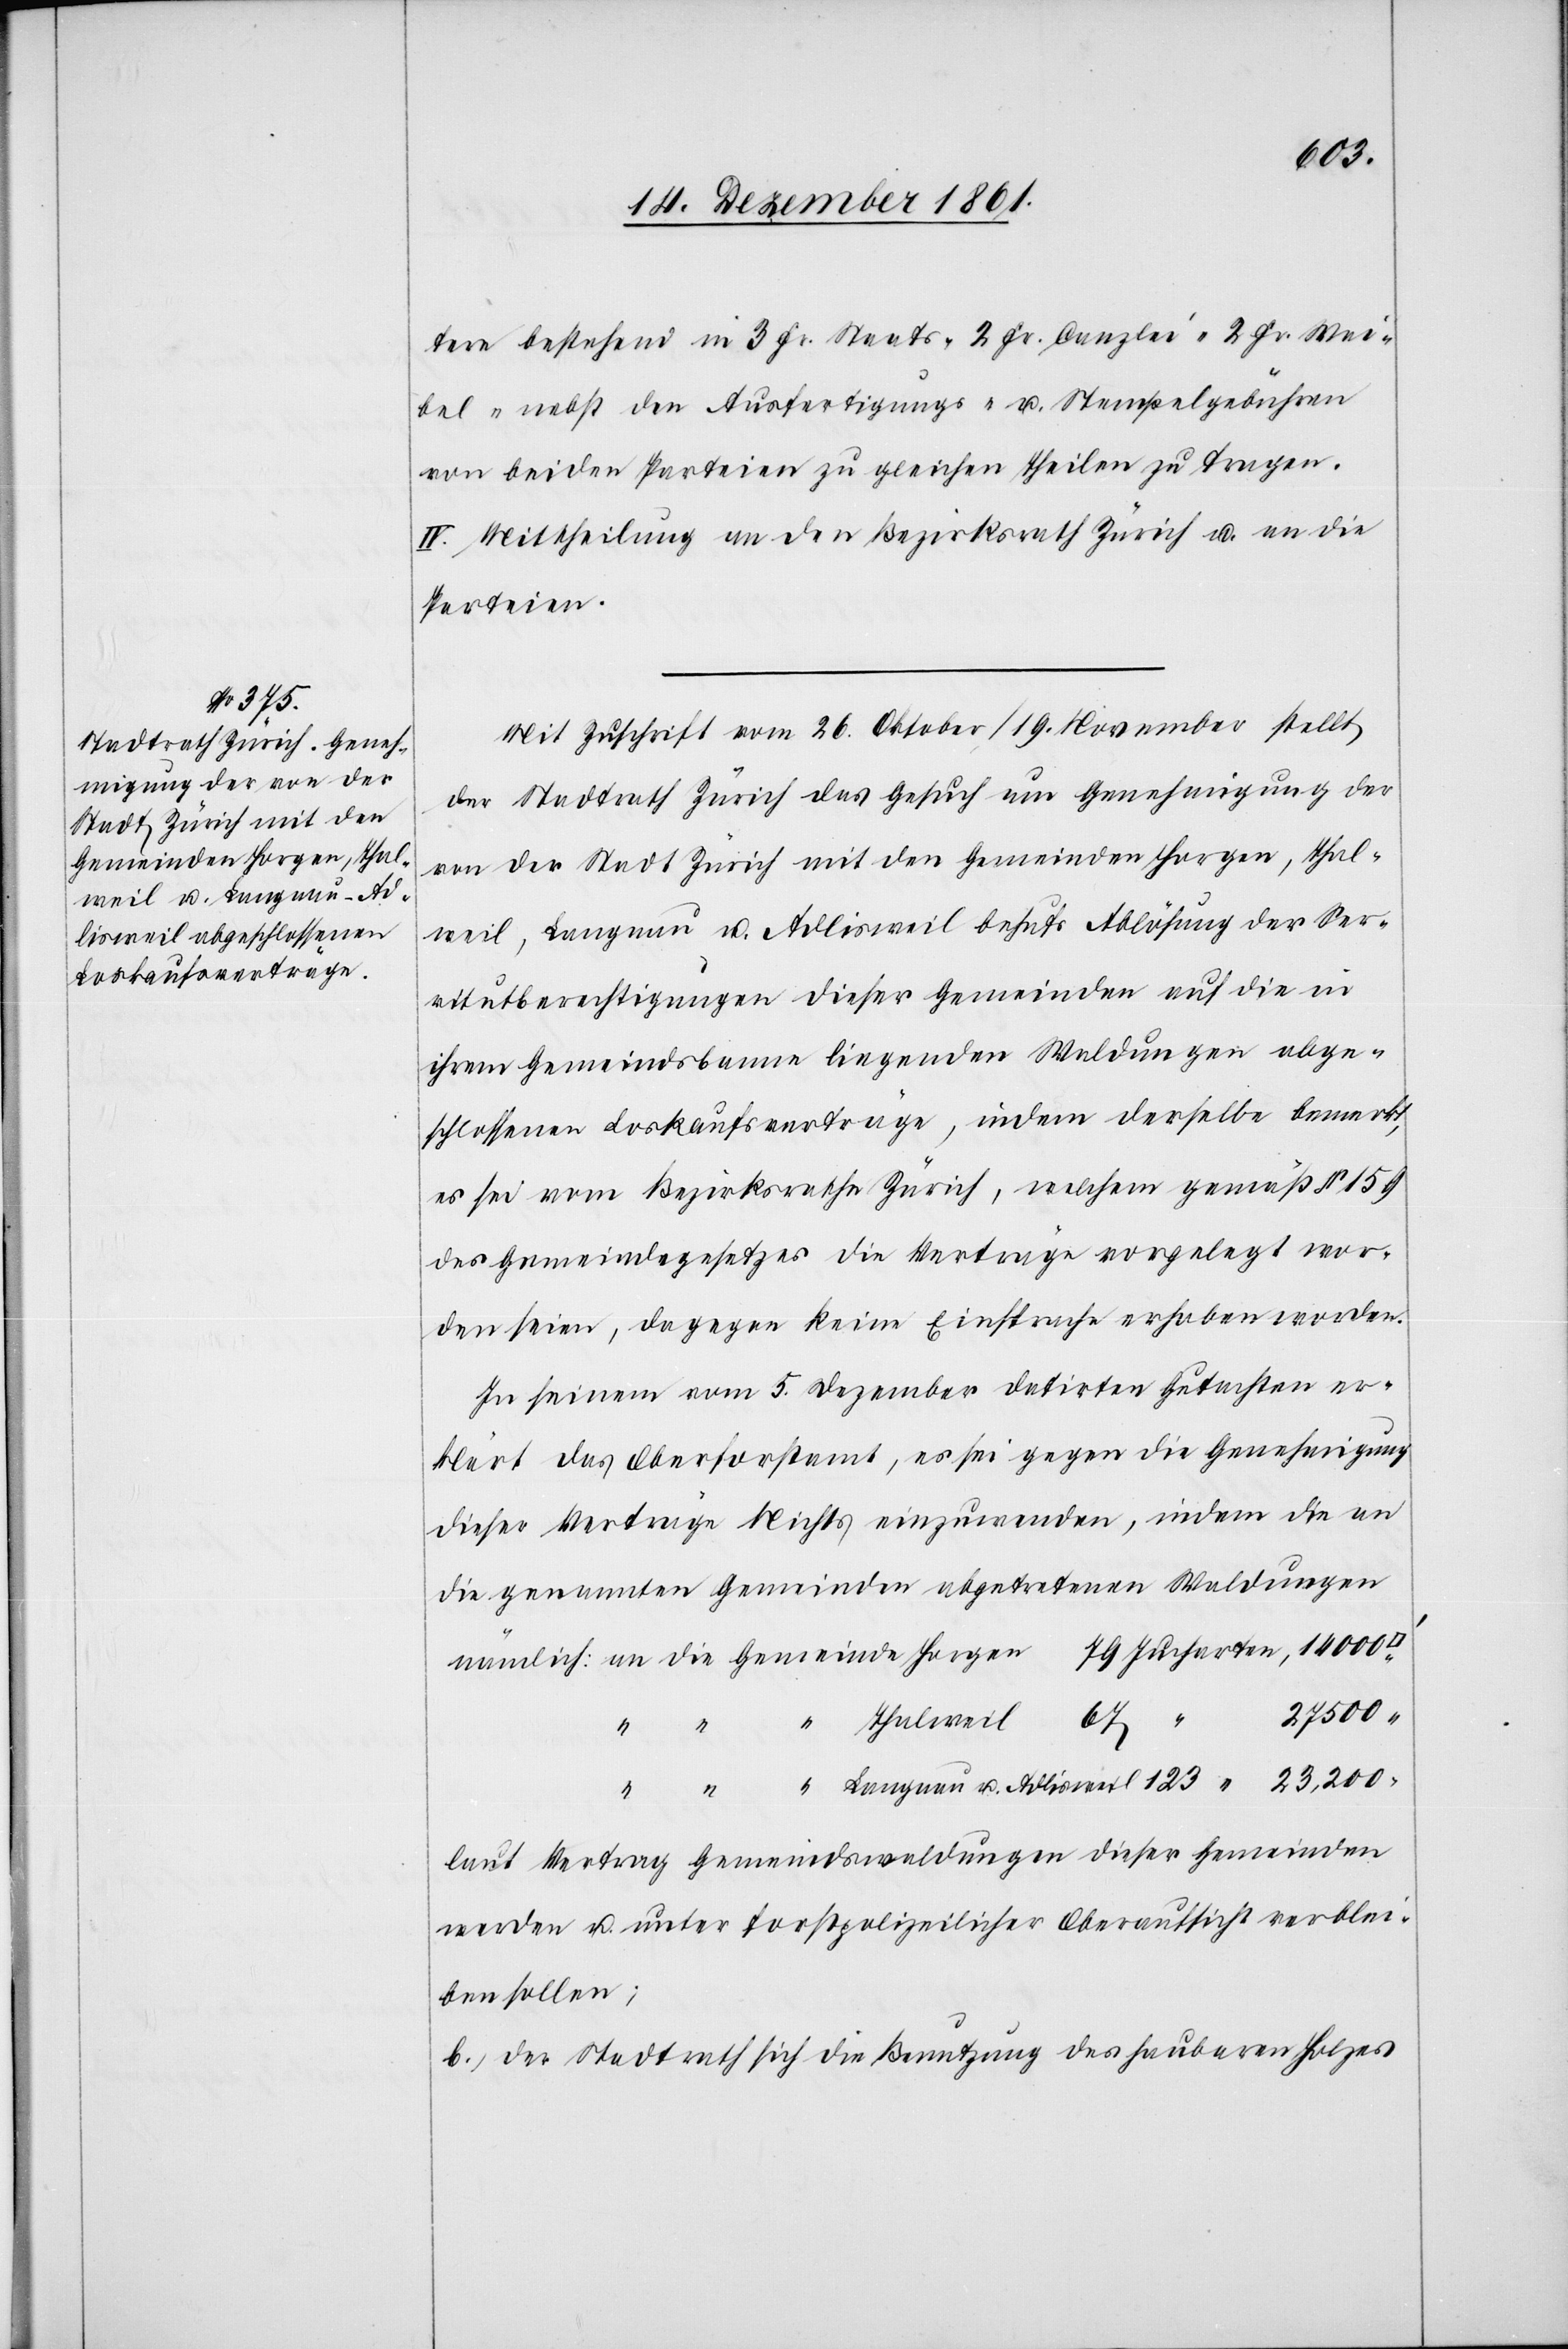
tere bestehend in 3 Fr. Staats-[,] 2 Fr. Canzlei-[,] 2 Fr. Wai¬
bel-[,] nebst den Ausfertigungs- u. Stempelgebühren
von beiden Parteien zu gleichen Theilen zu tragen.
IV. Mittheilung an den Bezirksrath Zürich u. an die
Parteien.
Mit Zuschrift vom 26 Oktober / 19 November stellt
der Stadtrath Zürich das Gesuch um Genehmigung der
von der Stadt Zürich mit den Gemeinden Horgen, Thal¬
weil, Langnau u. Adlisweil behufs Ablösung der Ser¬
vitutsberechtigungen dieser Gemeinden auf die in
ihrem Gemeindsbanne liegenden Waldungen abge¬
schlossenen Loskaufsverträge, indem derselbe bemerkt,
es sei vom Bezirksrathe Zürich, welchem gemäß § 159
des Gemeindegesetzes die Verträge vorgelegt wor¬
den seien, dagegen keine Einsprache erhoben worden.
In seinem vom 5 Dezember datirten Gutachten er¬
klärt das Oberforstamt, es sei gegen die Genehmigung
dieser Verträge Nichts einzuwenden, indem die an
die genannten Gemeinden abgetretenen Waldungen
an die Gemeinde Horgen	79 Jucharten, 14 000
27 500
“ Thalweil	67 “
“ “ Langnau u. Adlisweil	123 “ 23,200
laut Vertrag Gemeindswaldungen dieser Gemeinden
werden u. unter forstpolizeilicher Oberaufsicht verblei¬
ben sollen;
der Stadtrath sich die Benutzung des haubaren Holzes